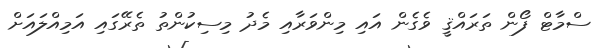
ސްމާޓް ފޯން ތަރައްޤީ ވެގެން އައި މިންވަރާއި މެދު މިސިކުންތު ތެރޭގައި އަމިއްލައަށް